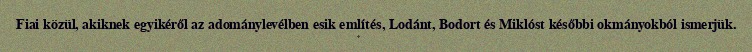
Fiai közül, akiknek egyikéről az adománylevélben esik említés, Lodánt, Bodort és Miklóst későbbi okmányokból ismerjük.